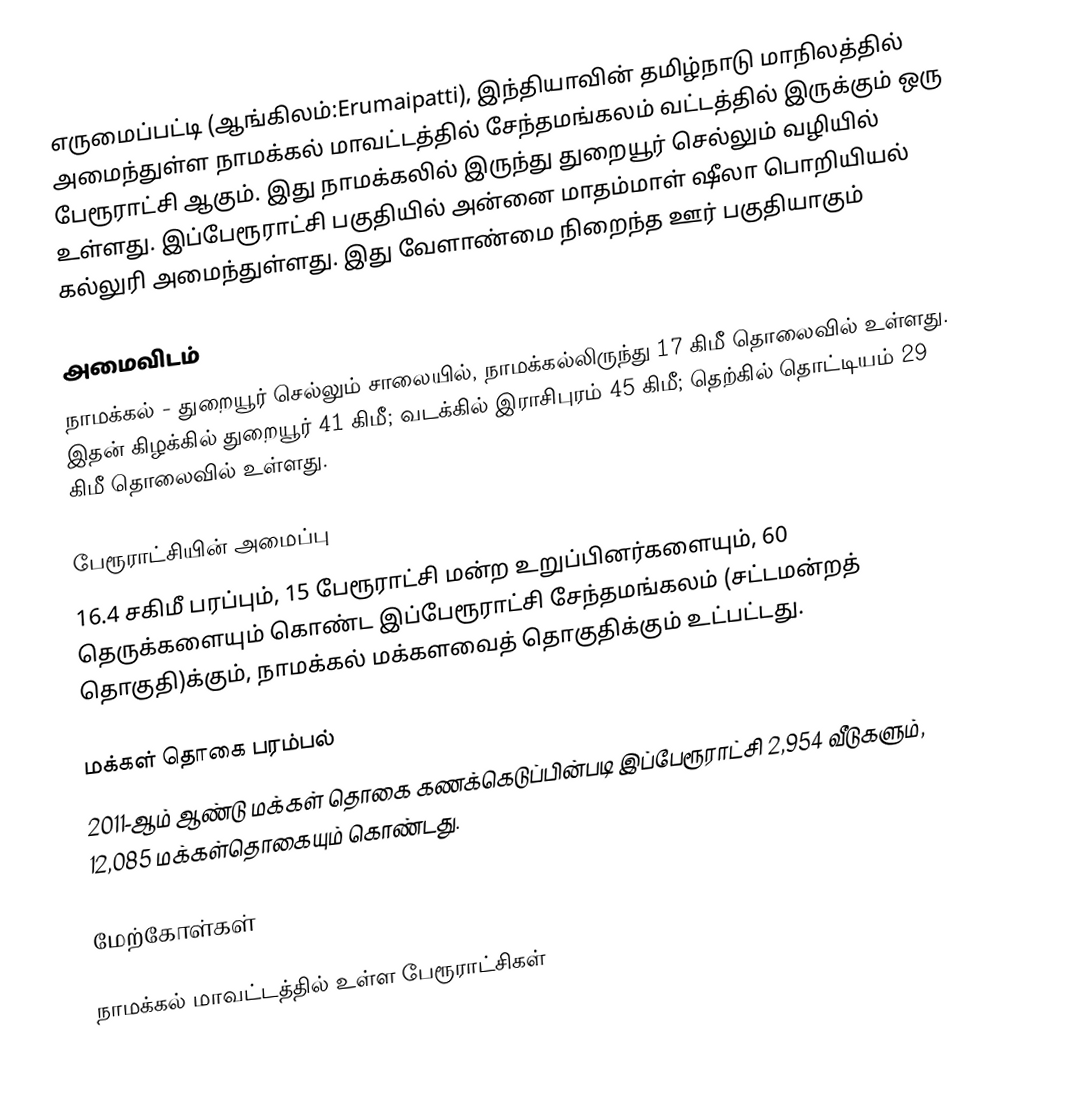
எருமைப்பட்டி (ஆங்கிலம்:Erumaipatti), இந்தியாவின் தமிழ்நாடு மாநிலத்தில் அமைந்துள்ள நாமக்கல் மாவட்டத்தில் சேந்தமங்கலம் வட்டத்தில் இருக்கும் ஒரு பேரூராட்சி ஆகும். இது நாமக்கலில் இருந்து துறையூர் செல்லும் வழியில் உள்ளது. இப்பேரூராட்சி பகுதியில் அன்னை மாதம்மாள் ஷீலா பொறியியல் கல்லுரி அமைந்துள்ளது. இது வேளாண்மை நிறைந்த ஊர் பகுதியாகும்

அமைவிடம்
நாமக்கல் - துறையூர் செல்லும் சாலையில், நாமக்கல்லிருந்து 17 கிமீ தொலைவில் உள்ளது. இதன் கிழக்கில் துறையூர் 41 கிமீ; வடக்கில் இராசிபுரம் 45 கிமீ; தெற்கில் தொட்டியம் 29 கிமீ தொலைவில் உள்ளது.

பேரூராட்சியின் அமைப்பு
16.4 சகிமீ பரப்பும்,  15 பேரூராட்சி மன்ற  உறுப்பினர்களையும், 60 தெருக்களையும் கொண்ட இப்பேரூராட்சி சேந்தமங்கலம்   (சட்டமன்றத் தொகுதி)க்கும், நாமக்கல் மக்களவைத் தொகுதிக்கும் உட்பட்டது.

மக்கள் தொகை பரம்பல்
2011-ஆம் ஆண்டு மக்கள் தொகை கணக்கெடுப்பின்படி  இப்பேரூராட்சி     2,954  வீடுகளும், 12,085 மக்கள்தொகையும் கொண்டது.

மேற்கோள்கள்

நாமக்கல் மாவட்டத்தில் உள்ள பேரூராட்சிகள்